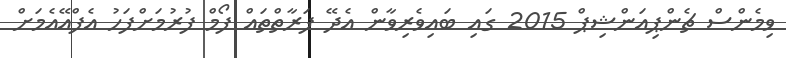
ވިމެންސް ޗެންޕިއަންޝިޕް 2015 ގައި ބައިވެރިވާން އެދޭ ފަރާތްތައް ފޯމް ފުރުމަށްފަހު އެފްއޭއެމަށް